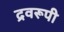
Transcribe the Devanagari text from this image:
द्रवरूपी